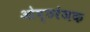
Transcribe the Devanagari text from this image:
ओष्ठरंजक